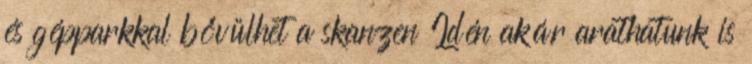
és gépparkkal bővülhet a skanzen Idén akár arathatunk is